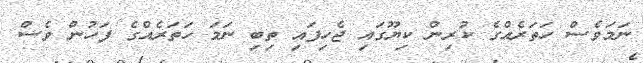
ނަމަވެސް ހަތަރެއްގެ ކުރިން ކިޔޫގައި ޖެހިފައި ތިބި ނަމަ ހަތަރެއްގެ ފަހުން ވެސް